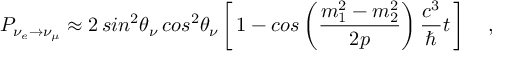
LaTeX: P _ { \nu _ { e } \rightarrow \nu _ { \mu } } \approx 2 \, s i n ^ { 2 } \theta _ { \nu } \, c o s ^ { 2 } \theta _ { \nu } \left[ \, 1 - c o s \left( \frac { m _ { 1 } ^ { 2 } - m _ { 2 } ^ { 2 } } { 2 p } \right) \frac { c ^ { 3 } } { \hbar } t \, \right] \quad ,